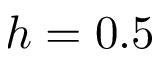
h = 0 . 5